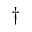
\dagger